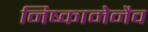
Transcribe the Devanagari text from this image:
निष्कामेनैव